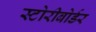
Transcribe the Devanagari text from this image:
स्टोरीबोर्डर